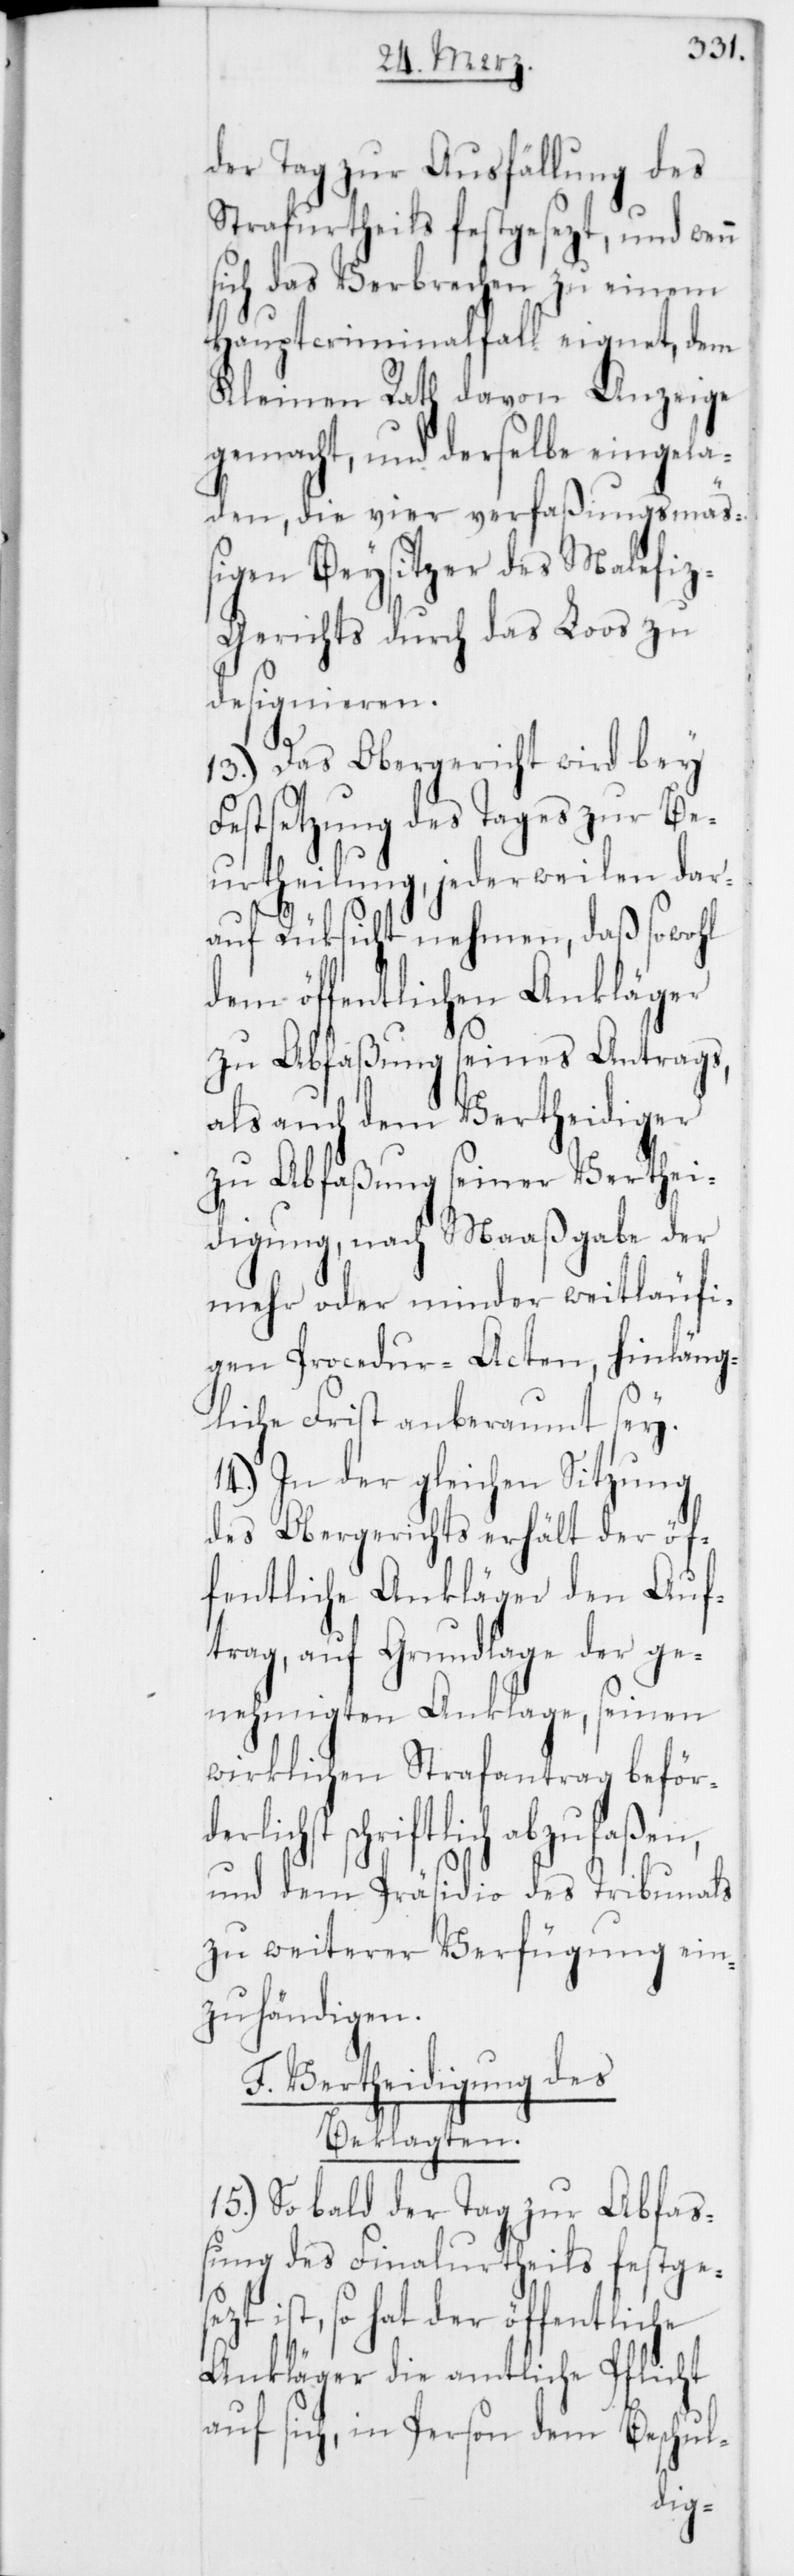
der Tag zur Ausfällung des
Strafurtheils festgesezt, und wen¬
sich das Verbrechen zu einem
Hauptcriminalfall eignet, dem
Kleinen Rath davon Anzeige
gemacht, und derselbe eingela¬
den, die vier verfaßungsmäß¬
igen Beysitzer des Malefiz¬
gerichts durch das
designieren.
13.) Das Obergericht
Festsetzung des Tages zur Be¬
urtheilung, jederweilen dar¬
auf Rüksicht nehmen, daß sowohl
dem öffentlichen Ankläger
zu Abfaßung seines Antrags,
als auch dem Vertheidiger
zt
ei¬
zu Abfaßung seiner V¬
digung, nach Maaßgabe
mehr oder minder weitläuf¬
inläng¬
igen Procedur-Acten,
liche Frist anberaumt sey.
14.) In der gleichen Sitzung
des Obergerichts erhält der öf¬
fentliche Ankläger den Auf¬
trag, auf Grundlage der
nehmigten Anklage, seinen
wirklichen Strafantrag beför¬
rlichst schriftlich abzufaßen,
und dem Präsidio des Tribunals
zu weiterer Verfügung ein¬
zuhändigen.
F. Verteidigung des
Beklagten.
15.) Sobald der Tag zur Abfa¬
ßung des Finalurtheils festge¬
ist, so hat der öffentliche
Ankläger die amtliche Pflicht
auf sich, in Person dem
se¬